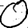
Digit: 0